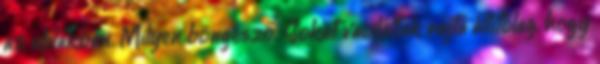
az ablakban. Milyen böngésző. Sokat vaciláltak rajta állítólag, hogy